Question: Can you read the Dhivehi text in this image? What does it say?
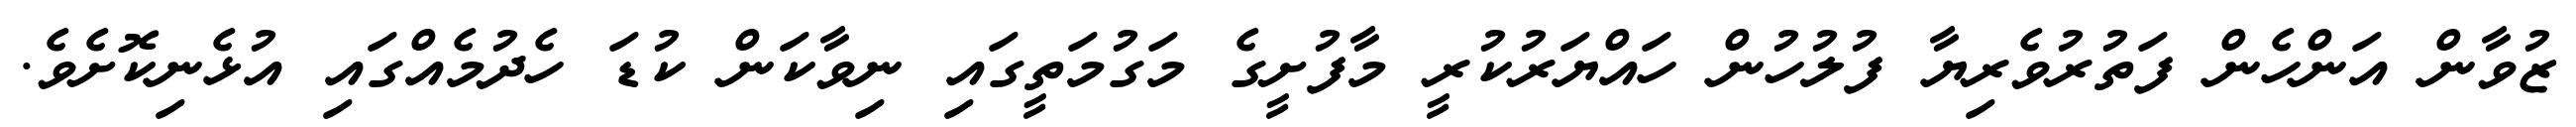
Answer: ޒުވާން އަންހެން ފަތުރުވެރިޔާ ފުލުހުން ހައްޔަރުކުރީ މާފުށީގެ މަގުމަތީގައި ނިވާކަން ކުޑަ ހެދުމެއްގައި އުޅެނިކޮށެވެ.